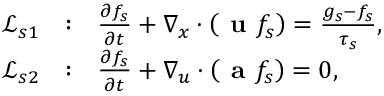
\begin{array} { r l } { \mathcal { L } _ { s 1 } } & { : ~ ~ \frac { \partial f _ { s } } { \partial t } + \nabla _ { x } \cdot \left( \textbf { u } f _ { s } \right) = \frac { g _ { s } - f _ { s } } { \tau _ { s } } , } \\ { \mathcal { L } _ { s 2 } } & { : ~ ~ \frac { \partial f _ { s } } { \partial t } + \nabla _ { u } \cdot \left( \textbf { a } f _ { s } \right) = 0 , } \end{array}